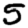
Digit: 5